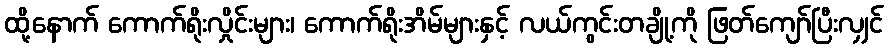
ထို့နောက် ကောက်ရိုးလှိုင်းများ၊ ကောက်ရိုးအိမ်များနှင့် လယ်ကွင်းတချို့ကို ဖြတ်ကျော်ပြီးလျှင်